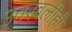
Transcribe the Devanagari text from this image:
उतरवलीही